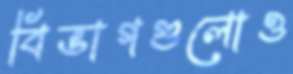
বিভাগগুলোও